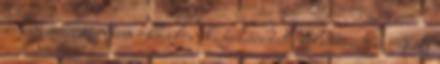
a hús már minden oldalon kifehéredett, beletesszük a répát,